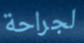
لجراحة